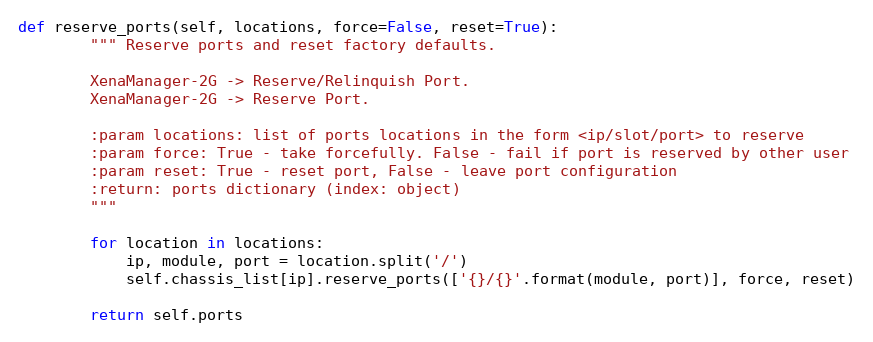
Language: Python
def reserve_ports(self, locations, force=False, reset=True):
        """ Reserve ports and reset factory defaults.

        XenaManager-2G -> Reserve/Relinquish Port.
        XenaManager-2G -> Reserve Port.

        :param locations: list of ports locations in the form <ip/slot/port> to reserve
        :param force: True - take forcefully. False - fail if port is reserved by other user
        :param reset: True - reset port, False - leave port configuration
        :return: ports dictionary (index: object)
        """

        for location in locations:
            ip, module, port = location.split('/')
            self.chassis_list[ip].reserve_ports(['{}/{}'.format(module, port)], force, reset)

        return self.ports